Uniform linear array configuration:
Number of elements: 16
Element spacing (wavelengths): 0.75
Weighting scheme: binomial
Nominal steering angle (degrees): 15
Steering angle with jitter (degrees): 13.394
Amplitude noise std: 0.05
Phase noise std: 0.05

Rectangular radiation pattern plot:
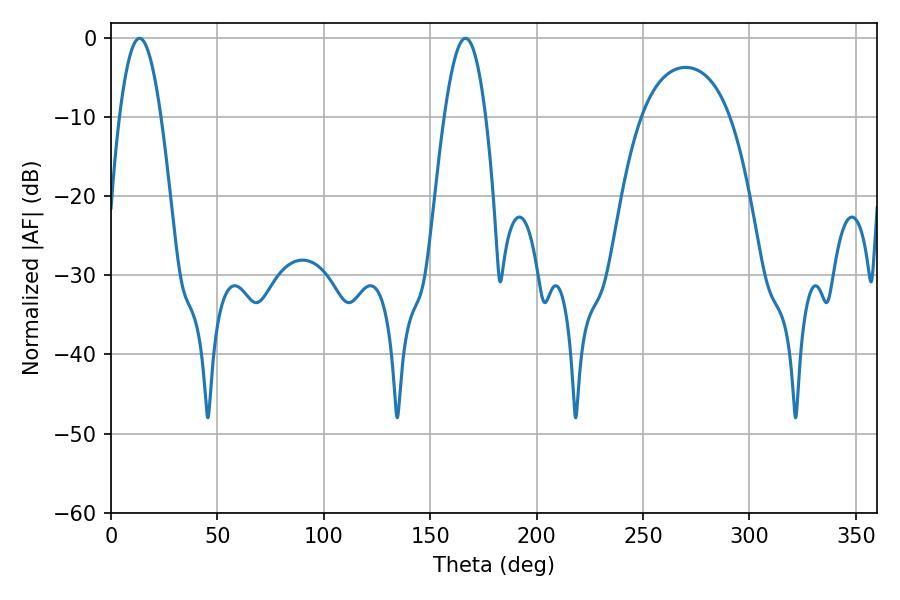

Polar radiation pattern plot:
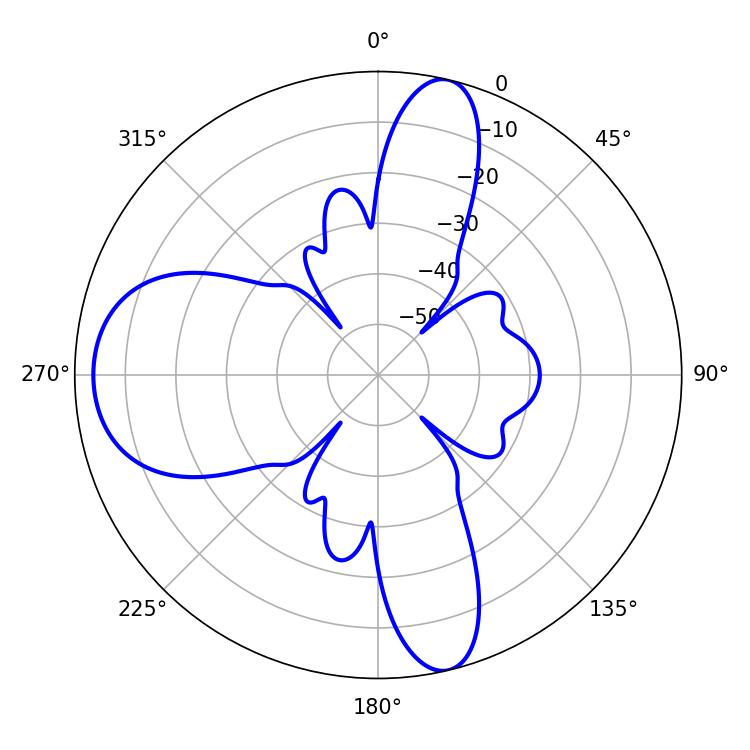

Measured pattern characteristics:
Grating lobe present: TRUE
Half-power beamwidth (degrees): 10.44
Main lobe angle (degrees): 166.5